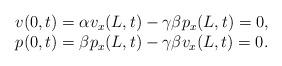
LaTeX: \begin{align*}\begin{array}{c}v(0,t)=\alpha v_x(L,t)-\gamma \beta p_x(L,t)=0,\\p(0,t)=\beta p_x(L,t)-\gamma \beta v_x(L,t)=0.\end{array}\end{align*}